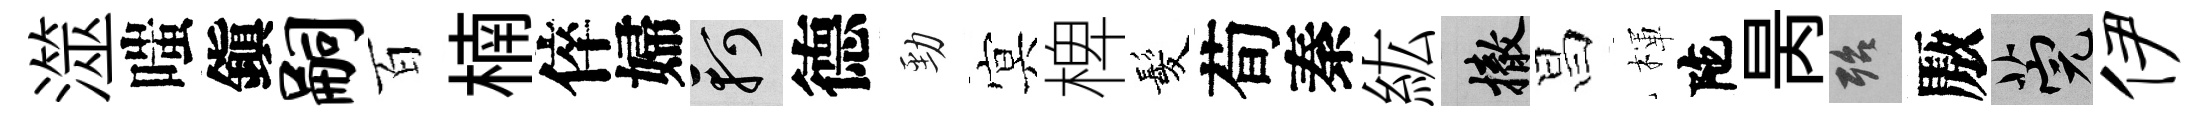
澨嗤鎭嗣百楠倅婦軻德勁㝠椑髪荀秦紘撤昌楎陀昺殆厫筦伊